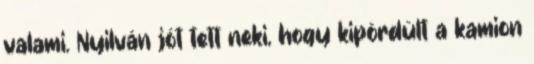
valami. Nyilván jót tett neki, hogy kipördült a kamion